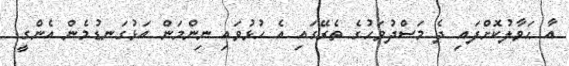
އާ ޙަވާލުކޮށްފައި ދެ މަސްދުވަހުގެ ތެރޭގައި އެ ހުޅުވައި ނިންމަން އަޅުގަނޑުމެން އެންގީ.